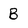
Character: B